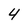
Character: 4